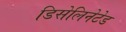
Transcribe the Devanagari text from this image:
डिसेलिनेटेड